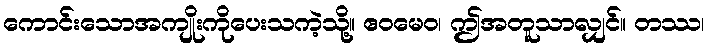
ကောင်းသောအကျိုးကိုပေးသကဲ့သို့။ ဧဝမေဝ၊ ဤအတူသာလျှင်။ တဿ၊